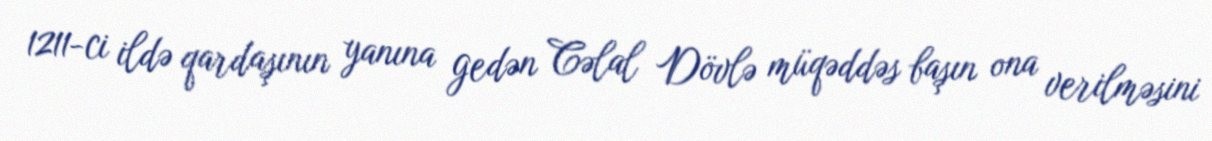
1211-ci ildə qardaşının yanına gedən Cəlal Dövlə müqəddəs başın ona verilməsini